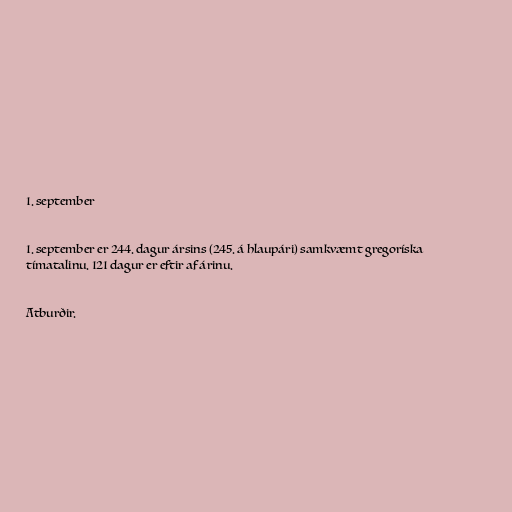
1. september

1. september er 244. dagur ársins (245. á hlaupári) samkvæmt gregoríska
tímatalinu. 121 dagur er eftir af árinu.

Atburðir.